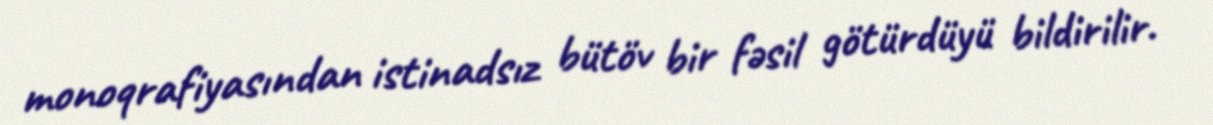
monoqrafiyasından istinadsız bütöv bir fəsil götürdüyü bildirilir.